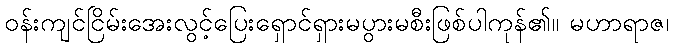
ဝန်းကျင်ငြိမ်းအေးလွင့်ပြေးရှောင်ရှားမပွားမစီးဖြစ်ပါကုန်၏။ မဟာရာဇ၊